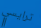
ترايسي